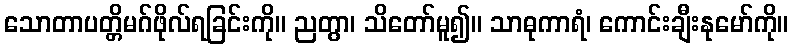
သောတာပတ္တိမဂ်ဖိုလ်ရခြင်းကို။ ညတွာ၊ သိတော်မူ၍။ သာဓုကာရံ၊ ကောင်းချီးနုမော်ကို။